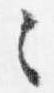
々